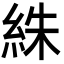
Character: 絑